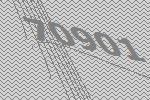
70901